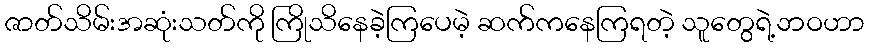
ဇာတ်သိမ်းအဆုံးသတ်ကို ကြိုသိနေခဲ့ကြပေမဲ့ ဆက်ကနေကြရတဲ့ သူတွေရဲ့ဘဝဟာ